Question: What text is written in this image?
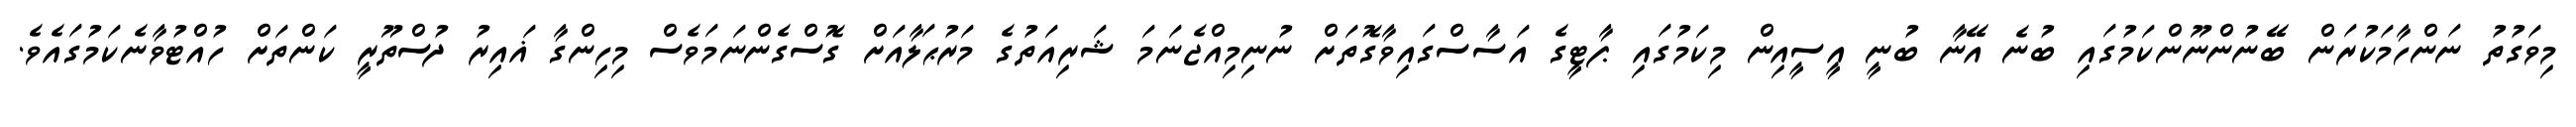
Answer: މިވަގުތު ނަންހާމަކުރަން ބޭނުންނޫންކަމުގައި ބުނެ އޭނާ ބުނީ އީސީއިން މިކަމުގައި ޕާޓީގެ އަސާސްގައިވާގޮތަށް ނުނިމިއްޖެނަމަ ޝަރިއަތުގެ މަރުޙަލާއަށް ގޮސްގެންނަމަވެސް މިހިންގާ ޣައިރު ދުސްތޫރީ ކަންތަށް ހުއްޓުވާނެކަމުގައެވެ.